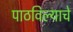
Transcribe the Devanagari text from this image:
पाठविल्याचे